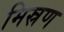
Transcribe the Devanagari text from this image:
मिस्रण